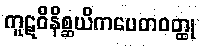
ကူဋဝိနိစ္ဆယိကပေတဝတ္ထု